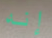
إنه